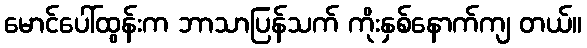
မောင်ပေါ်ထွန်းက ဘာသာပြန်သက် ကိုးနှစ်နောက်ကျ တယ်။